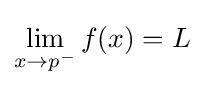
\lim _{x\to p^{-}}{f(x)}=L